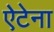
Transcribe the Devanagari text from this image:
ऐटेना